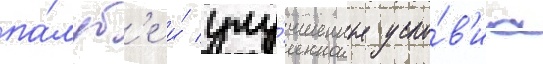
па́луб'е и́ улу́чшенные усло́в'иа